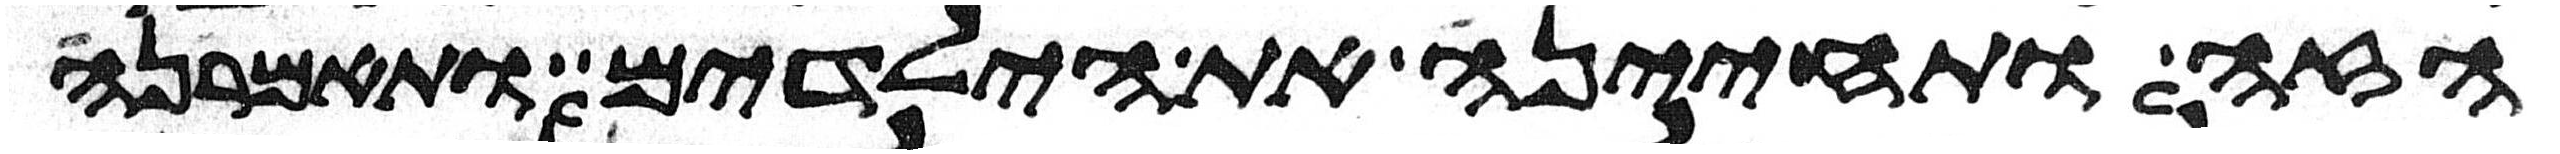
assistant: הזה ותחינה את הילדים ותאמרנה